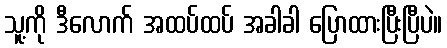
သူ့ကို ဒီလောက် အထပ်ထပ် အခါခါ ပြောထားပြီးပြီပဲ။